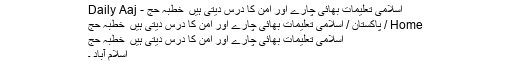
اسلامی تعلیمات بھائی چارے اور امن کا درس دیتی ہیں ٗ خطبہ حج - Daily Aaj
Home / پاکستان / اسلامی تعلیمات بھائی چارے اور امن کا درس دیتی ہیں ٗ خطبہ حج
اسلامی تعلیمات بھائی چارے اور امن کا درس دیتی ہیں ٗ خطبہ حج
اسلام آباد ۔